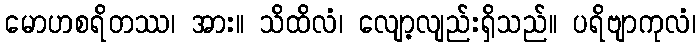
မောဟစရိတဿ၊ အား။ သိထိလံ၊ လျော့လျည်းရှိသည်။ ပရိဗျာကုလံ၊